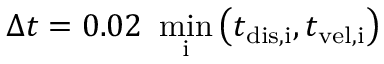
{ \Delta t = 0 . 0 2 \ \operatorname* { m i n } _ { \mathrm { i } } \left( t _ { \mathrm { d i s , i } } , t _ { \mathrm { v e l , i } } \right) }